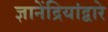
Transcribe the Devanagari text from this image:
ज्ञानेंद्रियांद्वारे